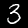
Label: 3